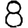
Digit: 8